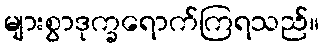
များစွာဒုက္ခရောက်ကြရသည်။